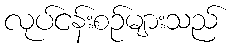
လုပ်ငန်းစဉ်များသည်